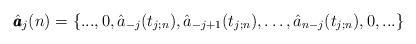
LaTeX: \begin{align*} \hat{\pmb{a}}_j(n)=\{ ...,0,\hat{a}_{-j}(t_{j;n}),\hat{a}_{-j+1}(t_{j;n}),\dots ,\hat{a}_{n-j}(t_{j;n}),0,... \}\end{align*}